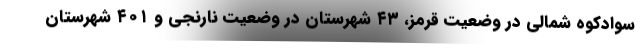
سوادکوه شمالی در وضعیت قرمز، ۴۳ شهرستان در وضعیت نارنجی و ۴۰۱ شهرستان